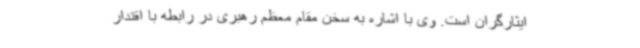
ایثارگران است. وی با اشاره به سخن مقام معظم رهبری در رابطه با اقتدار